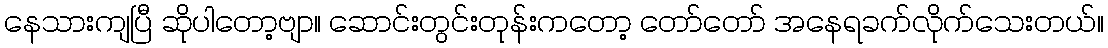
နေသားကျပြီ ဆိုပါတော့ဗျာ။ ဆောင်းတွင်းတုန်းကတော့ တော်တော် အနေရခက်လိုက်သေးတယ်။